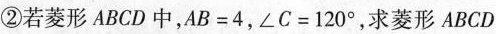
②若菱形ABCD中，$$A B = 4$$，$$∠ C = 1 2 0 °$$，求菱形ABCD